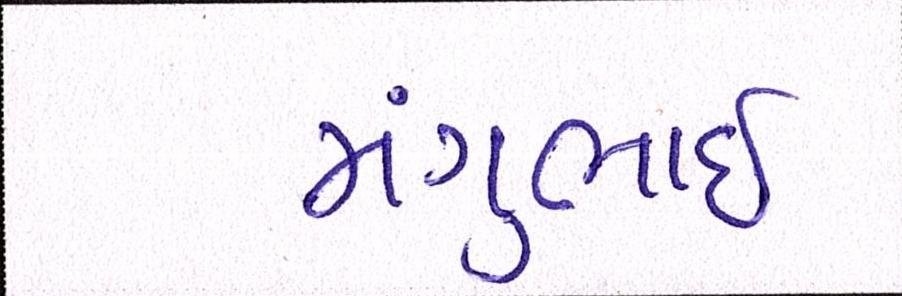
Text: મંગુભાઇ